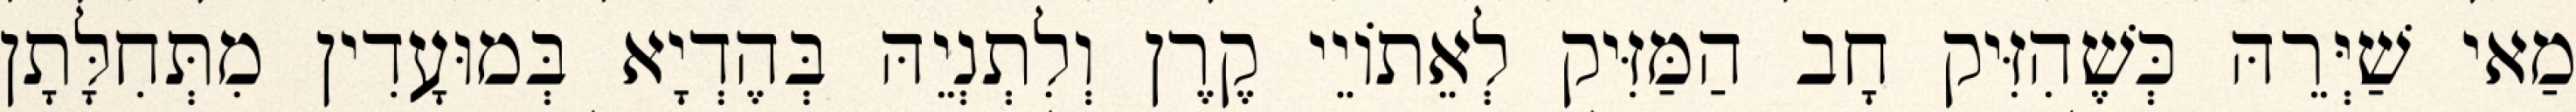
מַאי שַׁיְּרֵהּ כְּשֶׁהִזִּיק חָב הַמַּזִּיק לְאֵתוֹיֵי קֶרֶן וְלִתְנְיֵהּ בְּהֶדְיָא בְּמוּעָדִין מִתְּחִלָּתָן